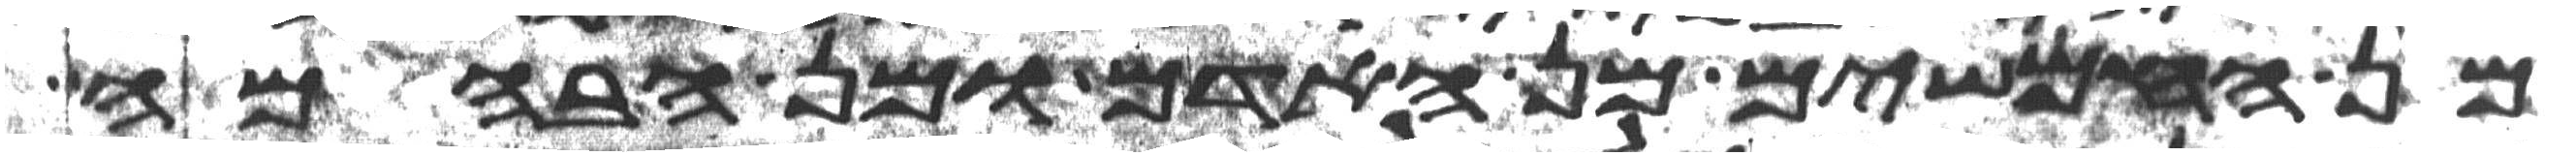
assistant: מן החמשים מן האדם ומן הבהמה